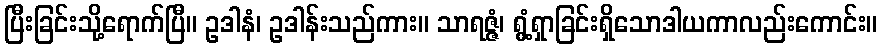
ပြီးခြင်းသို့ရောက်ပြီ။ ဥဒါနံ၊ ဥဒါန်းသည်ကား။ သာရဇ္ဇံ၊ ရွံ့ရှာခြင်းရှိသောဒါယကာလည်းကောင်း။